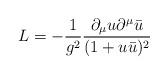
LaTeX: \begin{align*}L=-{1\over g^2}{\partial_\mu u\partial^\mu\bar u\over (1+u\bar u)^2}\end{align*}